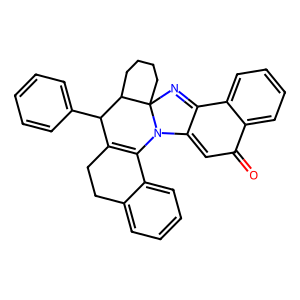
SMILES: O=C1C=C2C(=NC34CCCCC3C(c3ccccc3)C3=C(c5ccccc5CC3)N24)c2ccccc21
Inhibits HIV replication: Yes